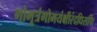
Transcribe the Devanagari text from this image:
गोमूत्रंगोमयंक्षीरंदधिसर्पिः